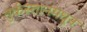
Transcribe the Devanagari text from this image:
तुर्कस्तानमधून